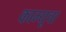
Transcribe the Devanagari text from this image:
काम्यूचा